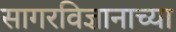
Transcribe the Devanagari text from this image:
सागरविज्ञानाच्या